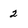
Character: 2